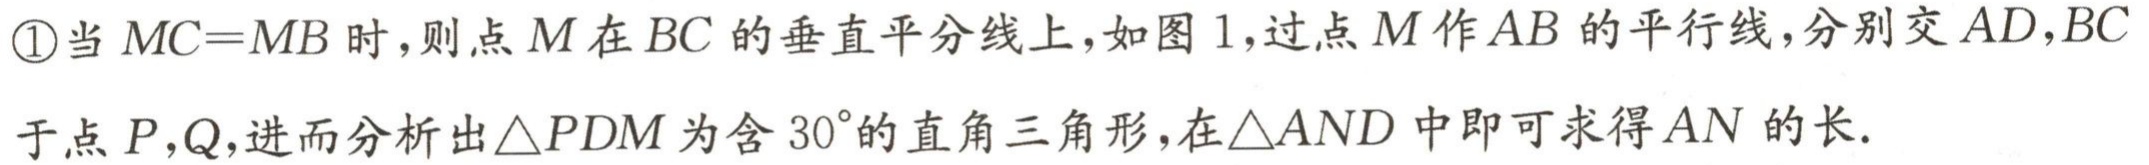
\textcircled{1}当\(MC = MB\)时，则点\(M\)在\(BC\)的垂直平分线上，如图\(1\)，过点\(M\)作\(AB\)的平行线，分别交\(AD,BC\)于点\(P,Q\)，进而分析出\(\triangle PDM\)为含\(30^{\circ}\)的直角三角形，在\(\triangle AND\)中即可求得\(AN\)的长.